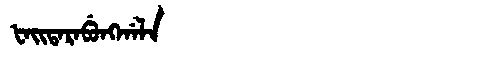
Manchu: ᡶᠠᡳᡨᠠᡵᠠᠪᡠᠩᡤᠠᠯᠠ
Romanization: FAITARABUNGGALA